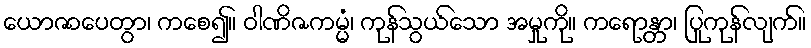
ယောဇာပေတွာ၊ ကစေ၍။ ဝါဏိဇကမ္မံ၊ ကုန်သွယ်သော အမှုကို။ ကရောန္တာ၊ ပြုကုန်လျက်။